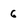
Character: 6